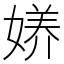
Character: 𱙟